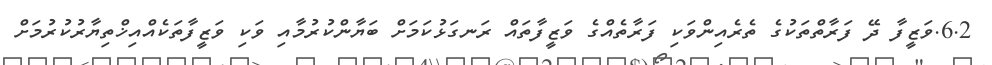
6.2.ވަޒީފާ ދޭ ފަރާތްތަކުގެ ތެރެއިންވަކި ފަރާތެއްގެ ވަޒީފާތައް ރަނގަޅުކަމަށް ބަޔާންކުރުމާއި ވަކި ވަޒީފާތަކެއްއިޚްތިޔާރުކުރުމަށް